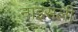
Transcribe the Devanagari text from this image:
नाइसली